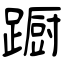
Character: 蹰